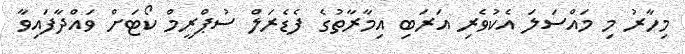
މިހާރު މި މައްސަލަ އެކުވެރި އަރަބި އިމާރާތުގެ ފެޑެރަލް ސުޕްރީމް ކޯޓަށް ވައްދާފައިވާ